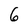
Character: 6